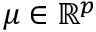
\mu \in \mathbb { R } ^ { p }